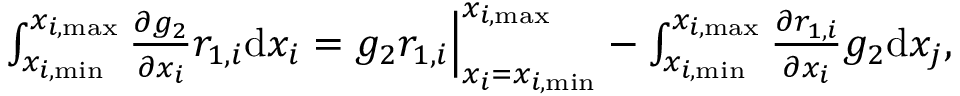
\begin{array} { r } { \int _ { x _ { i , \mathrm { m i n } } } ^ { x _ { i , \mathrm { m a x } } } { \frac { \partial g _ { 2 } } { \partial x _ { i } } r _ { 1 , i } } \mathrm { d } x _ { i } = g _ { 2 } r _ { 1 , i } \Big | _ { x _ { i } = x _ { i , \mathrm { m i n } } } ^ { x _ { i , \mathrm { m a x } } } - \int _ { x _ { i , \mathrm { m i n } } } ^ { x _ { i , \mathrm { m a x } } } { \frac { \partial r _ { 1 , i } } { \partial x _ { i } } g _ { 2 } } \mathrm { d } x _ { j } , } \end{array}